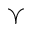
\curlyvee